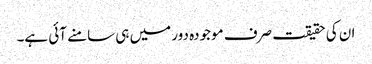
ان کی حقیقت صرف موجودہ دور میں ہی سامنے آئی ہے۔